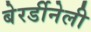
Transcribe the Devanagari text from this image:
बेरर्डीनेली